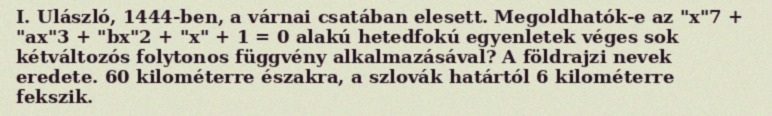
I. Ulászló, 1444-ben, a várnai csatában elesett. Megoldhatók-e az "x"7 + "ax"3 + "bx"2 + "x" + 1 = 0 alakú hetedfokú egyenletek véges sok kétváltozós folytonos függvény alkalmazásával? A földrajzi nevek eredete. 60 kilométerre északra, a szlovák határtól 6 kilométerre fekszik.